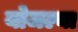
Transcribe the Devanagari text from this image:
योजल्या